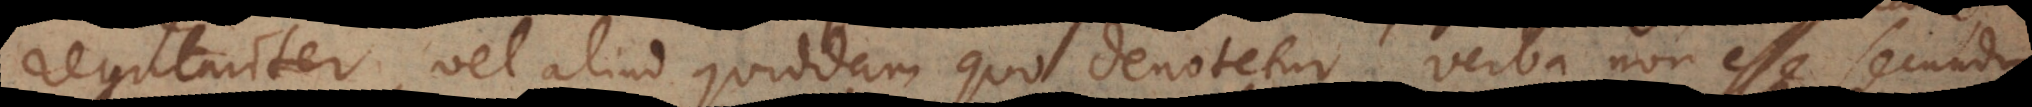
regulariter, vel aliud quiddam quo denotetur, verba non esse secundum